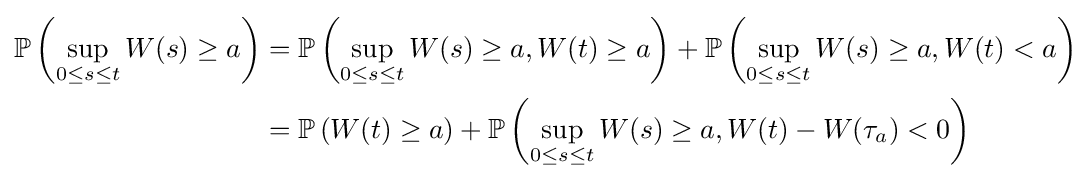
{\begin{aligned}\mathbb {P} \left(\sup _{0\leq s\leq t}W(s)\geq a\right)&=\mathbb {P} \left(\sup _{0\leq s\leq t}W(s)\geq a,W(t)\geq a\right)+\mathbb {P} \left(\sup _{0\leq s\leq t}W(s)\geq a,W(t)<a\right)\\&=\mathbb {P} \left(W(t)\geq a\right)+\mathbb {P} \left(\sup _{0\leq s\leq t}W(s)\geq a,W(t)-W(\tau _{a})<0\right)\\\end{aligned}}